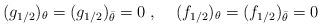
LaTeX: \begin{align*}(g_{1/2})_{\theta} = (g_{1/2})_{\bar{\theta}} = 0\;,\;\;\;\;(f_{1/2})_{\theta} = (f_{1/2})_{\bar{\theta}} = 0\end{align*}